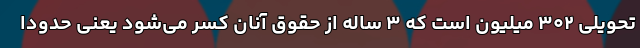
تحویلی ۳۰۲ میلیون است که ۳ ساله از حقوق آنان کسر می‌شود یعنی حدودا